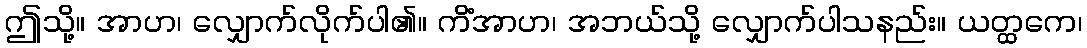
ဤသို့။ အာဟ၊ လျှောက်လိုက်ပါ၏။ ကိံအာဟ၊ အဘယ်သို့ လျှောက်ပါသနည်း။ ယတ္ထကေ၊